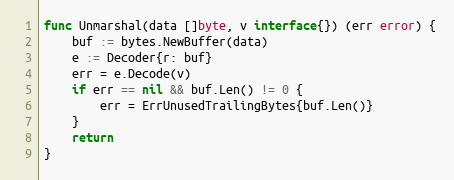
Language: Go
func Unmarshal(data []byte, v interface{}) (err error) {
	buf := bytes.NewBuffer(data)
	e := Decoder{r: buf}
	err = e.Decode(v)
	if err == nil && buf.Len() != 0 {
		err = ErrUnusedTrailingBytes{buf.Len()}
	}
	return
}